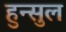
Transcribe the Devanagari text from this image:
हुन्सुल